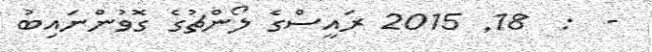
-  :  18